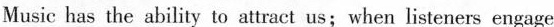
Music has the ability to attract us;when listeners engage